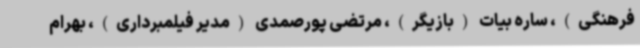
فرهنگی)، ساره بیات (بازیگر)، مرتضی پورصمدی (مدیر فیلمبرداری)، بهرام